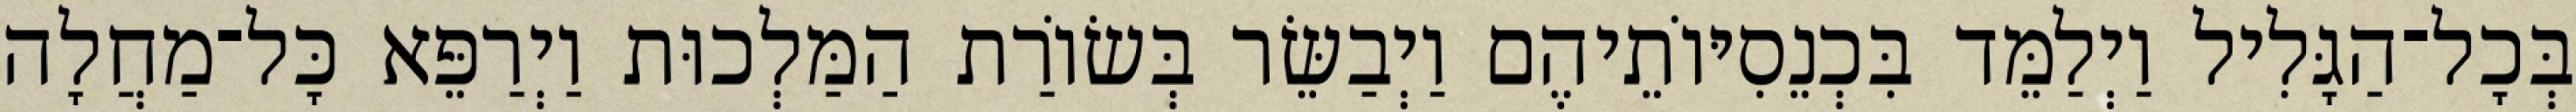
בְּכָל־הַגָּלִיל וַיְלַמֵּד בִּכְנֵסִיּוֹתֵיהֶם וַיְבַשֵּׂר בְּשׂוֹרַת הַמַּלְכוּת וַיְרַפֵּא כָּל־מַחֲלָה